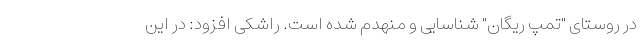
در روستای "تمپ ریگان" شناسایی و منهدم شده است. راشکی افزود: در این